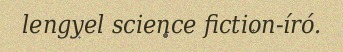
lengyel science fiction-író.